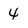
Character: 4